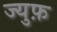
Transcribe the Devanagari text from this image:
ज्युफ़